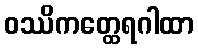
ဝဿိကတ္ထေရဂါထာ